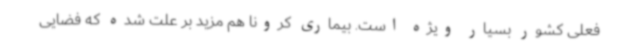
فعلی کشور بسیار ویژه است. بیماری کرونا هم مزید بر علت شده که فضایی